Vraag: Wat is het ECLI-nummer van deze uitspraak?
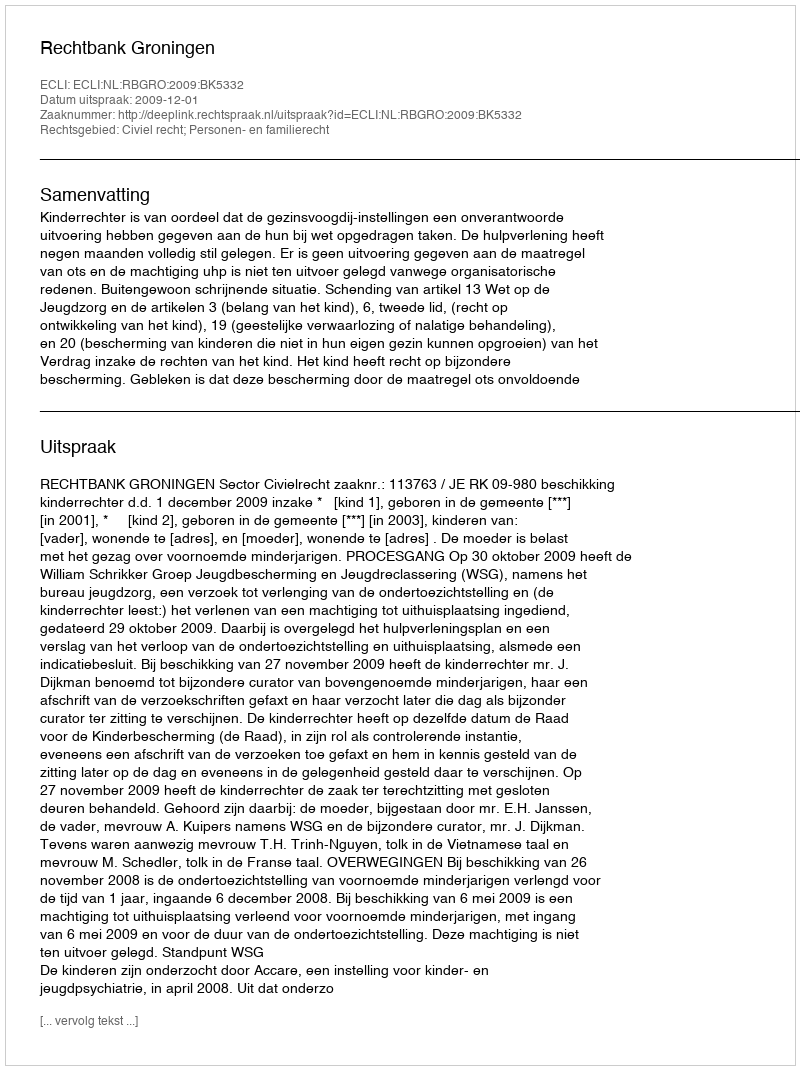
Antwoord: ECLI:NL:RBGRO:2009:BK5332